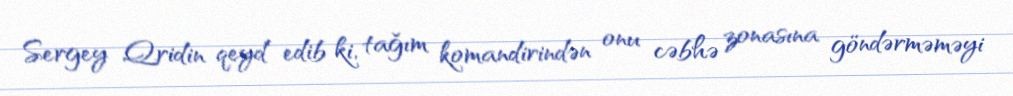
Sergey Qridin qeyd edib ki, tağım komandirindən onu cəbhə zonasına göndərməməyi